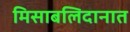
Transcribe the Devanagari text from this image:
मिसाबलिदानात